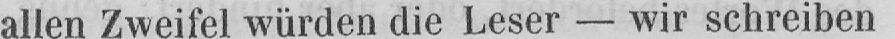
allen Zweifel würden die Leser - wir schreiben